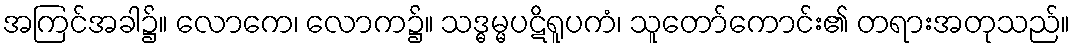
အကြင်အခါ၌။ လောကေ၊ လောက၌။ သဒ္ဓမ္မပဋိရူပကံ၊ သူတော်ကောင်း၏ တရားအတုသည်။